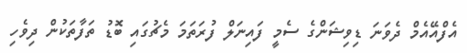
އެފްއޭއެމް ދެވަނަ ޑިވިޝަންގެ ސެމީ ފައިނަލް ފުރަތަމަ މެޗުގައި ބޮޑު ތަފާތަކުން ދިވެހި